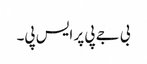
بی جے پی پر ایس پی۔